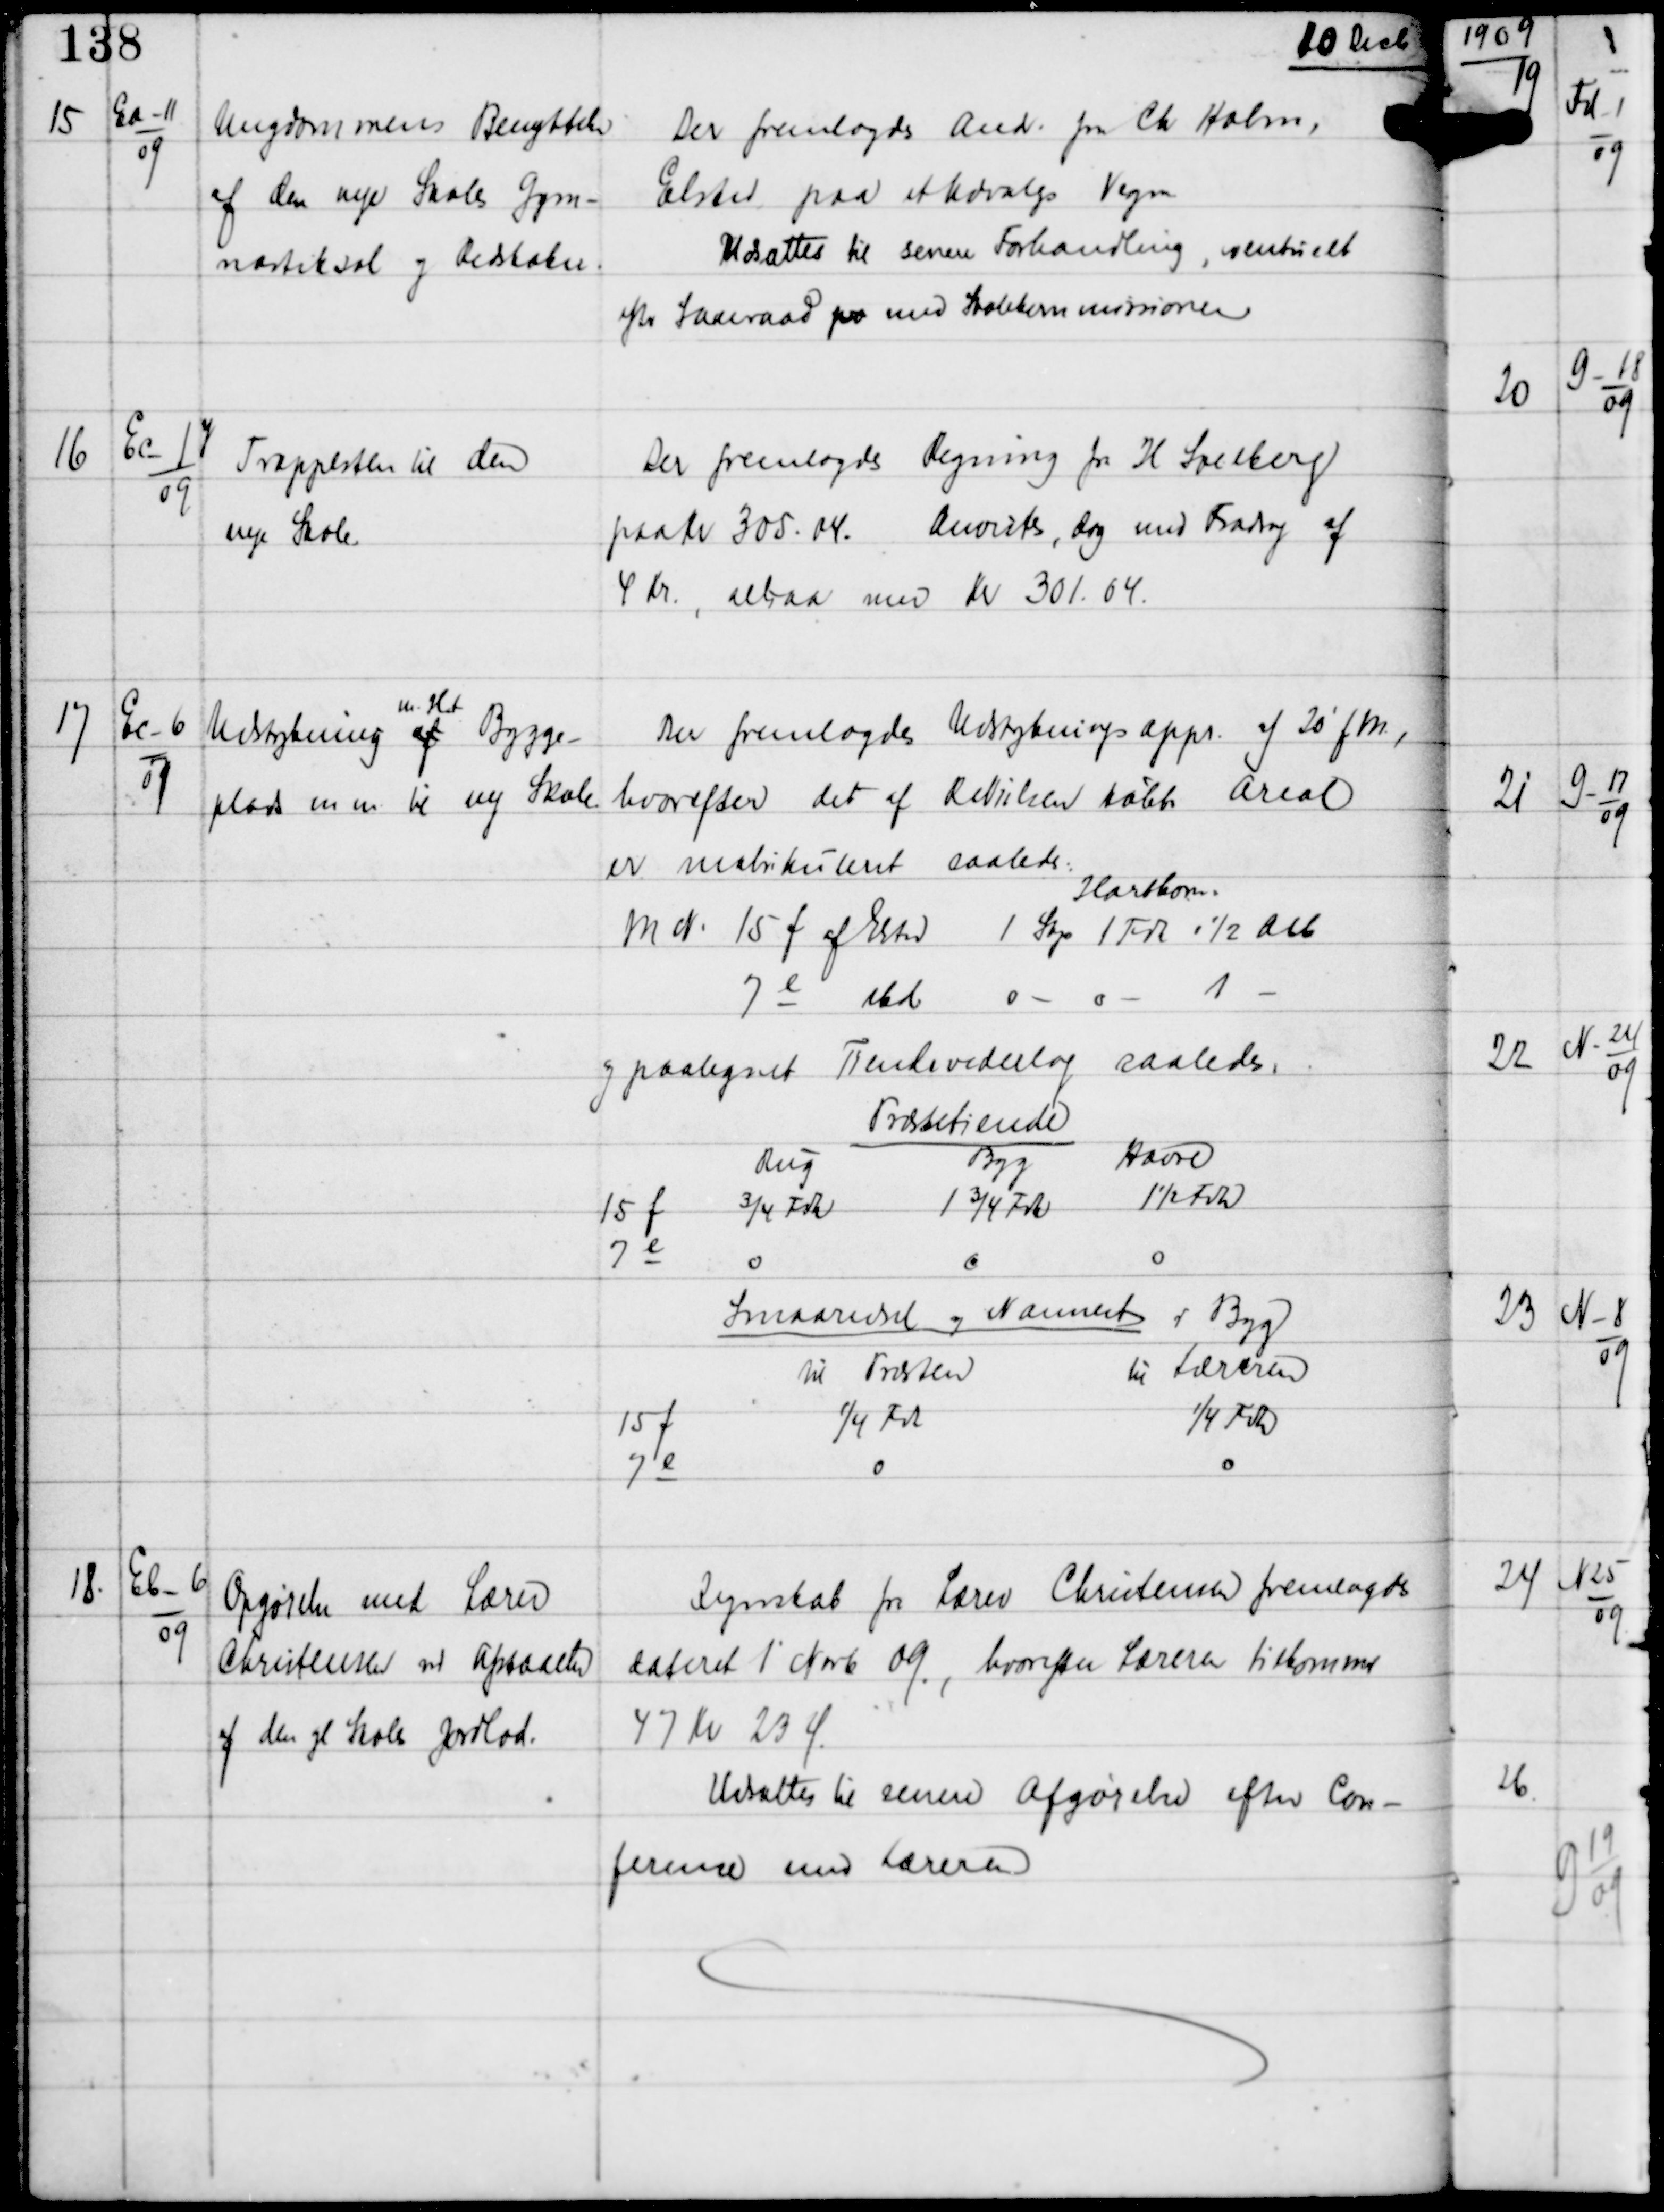
Transskription:
10 Decb

15

Ea-11
09

Ungdommens Benyttelse
af Den nye Skoles Gym-
nastiksal og Redskaber.

Der fremlagdes Andr. fra Ch Holm,
Elsted paa et Udvalgs Vegne
Udsættes til senere Forhandling, eventuelt
efter Samraad fra med Skolekommissionen

16

Ec-1y
09

Trappesten til den
nye Skole.

Der fremlagdes Regning fra H Soelberg
paa Kr 305.04.
Anvistes, dog med Fradrag af
4 Kr, altsaa med Kr 301.04.

17

Ec-6
09

Udstykning af
m.H.t.
Bygge-
plads m.m. til ny Skole

Der fremlagdes Udstykningsappr af 20' f.M,
hvorefter det af R Nielsen købte Areal
er matrikuleret saaledes:
Hartkorn
M N. 15 f af Elsted 1 Sep 1 Fvh 1½ Atb
7 e Elsted 0 - 0 - 1 -
og paategnet Tiendevederlag saaledes:
Præstetiende

18

Eb-6
09

Opgørelse med Lærer
Christensen ved afstaaelse
af den gl Skoles Jordlod.

Regnskab fra Lærer Christensen fremlagdes
dateret 1' Novb 09, hvorefter Læreren tilkommer
47 Kr 23 Ø.
Udsættes til senere Afgørelse efter Con-
ference med Læreren